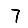
Digit: 7